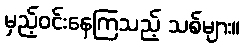
မှည့်ဝင်းနေကြသည့် သစ်များ။